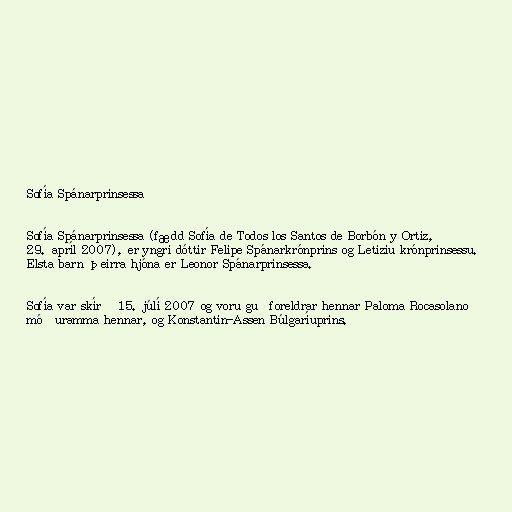
Sofía Spánarprinsessa

Sofía Spánarprinsessa (fædd Sofía de Todos los Santos de Borbón y Ortiz,
29. apríl 2007), er yngri dóttir Felipe Spánarkrónprins og Letiziu krónprinsessu.
Elsta barn þeirra hjóna er Leonor Spánarprinsessa.

Sofía var skírð 15. júlí 2007 og voru guðforeldrar hennar Paloma Rocasolano
móðuramma hennar, og Konstantin-Assen Búlgaríuprins.